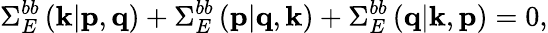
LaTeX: \Sigma_{E}^{bb}\left(\textit{\textbf{k}}|\textit{\textbf{p}},\textit{\textbf{q}}\right)+\Sigma_{E}^{bb}\left(\textit{\textbf{p}}|\textit{\textbf{q}},\textit{\textbf{k}}\right)+\Sigma_{E}^{bb}\left(\textit{\textbf{q}}|\textit{\textbf{k}},\textit{\textbf{p}}\right)=0,